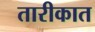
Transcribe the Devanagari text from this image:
तारीकात